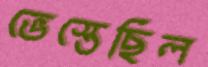
ভেস্তেছিল